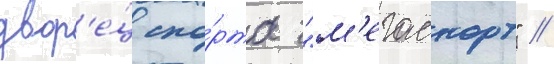
двор'е́ц спо́рта "м'егаспорт" //